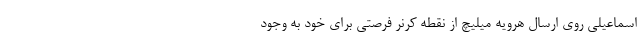
اسماعیلی روی ارسال هرویه میلیچ از نقطه کرنر فرصتی برای خود به وجود